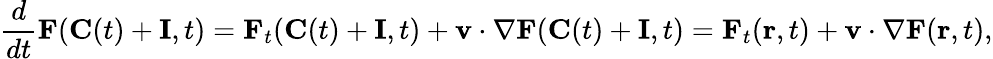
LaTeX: {\frac{d}{dt}}\mathbf{F}(\mathbf{C}(t)+\mathbf{I},t)=\mathbf{F}_{t}(\mathbf{C}(t)+\mathbf{I},t)+\mathbf{v\cdot\nabla F}(\mathbf{C}(t)+\mathbf{I},t)=\mathbf{F}_{t}(\mathbf{r},t)+\mathbf{v}\cdot\nabla\mathbf{F}(\mathbf{r},t),